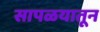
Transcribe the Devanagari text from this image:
सापळयातून